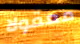
معقولا